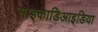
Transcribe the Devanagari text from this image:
साइकाडिआइडिया